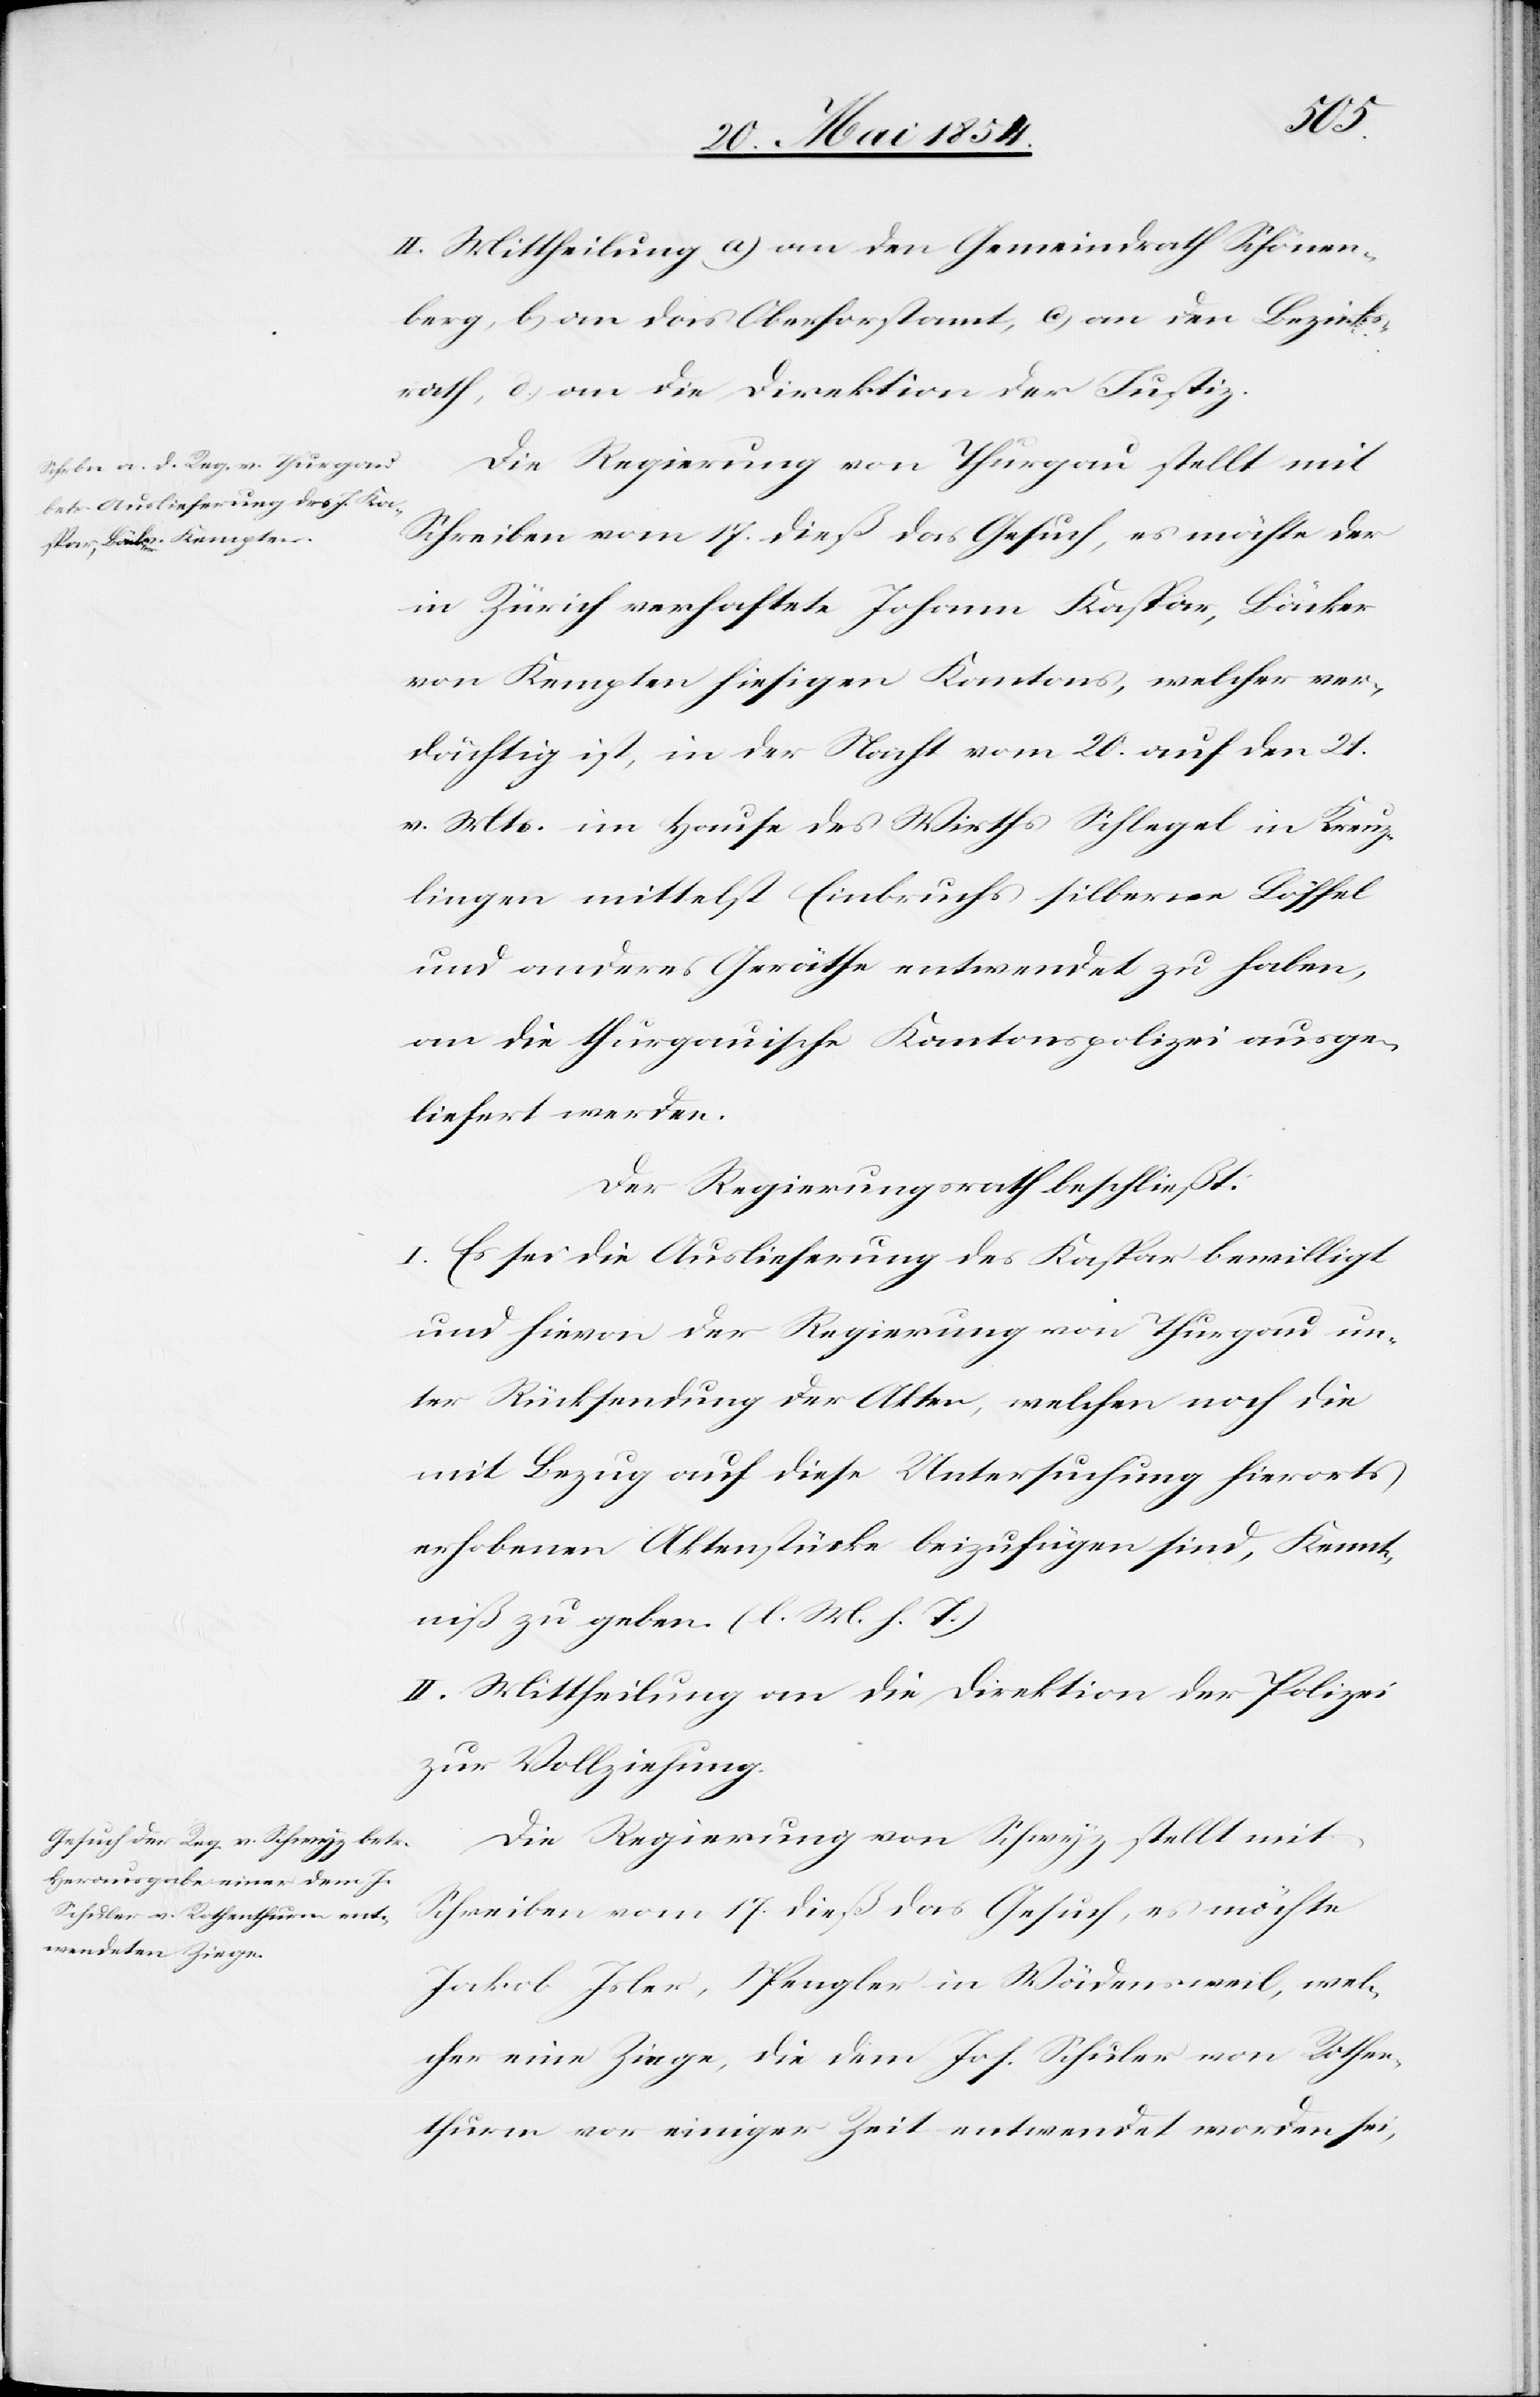
II. Mittheilung a) an den Gemeindrath Schönen¬
berg, b) an das Oberforstamt, c) an den Bezirks¬
rath, d) an die Direktion der Justiz.
Die Regierung von Thurgau stellt mit
Schreiben vom 17. dieß das Gesuch, es möchte der
in Zürich verhaftete Johann Kaspar, Bäcker
von Kempten hiesigen Kantons, welcher ver¬
dächtig ist, in der Nacht vom 20. auf den 21.
v. Mts im Hause des Wirths Schlegel in Kreuz¬
lingen mittelst Einbruchs silberne Löffel
und anderes Geräthe [sic!] entwendet zu haben,
an die thurgauische Kantonspolizei ausge¬
liefert werden.
Der Regierungsrath beschließt:
I. Es sei die Auslieferung des Kaspar bewilligt
und hievon der Regierung von Thurgau un¬
ter Rücksendung der Akten, welchen noch die
mit Bezug auf diese Untersuchung hierorts
erhobenen Aktenstücke beizufügen sind, Kennt¬
niß zu geben. (l. M. h. T.)
II. Mittheilung an die Direktion der Polizei
zur Vollziehung.
Die Regierung von Schwyz stellt mit
Schreiben vom 17. dieß das Gesuch, es möchte
Jakob Isler, Spengler in Wädensweil, wel¬
cher eine Ziege die dem Joh. Schuler von Rothen¬
thurm vor einiger Zeit entwendet worden sei,